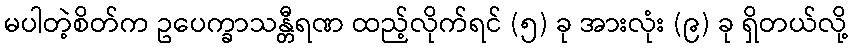
မပါတဲ့စိတ်က ဥပေက္ခာသန္တီရဏ ထည့်လိုက်ရင် (၅) ခု အားလုံး (၉) ခု ရှိတယ်လို့